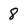
Character: 8